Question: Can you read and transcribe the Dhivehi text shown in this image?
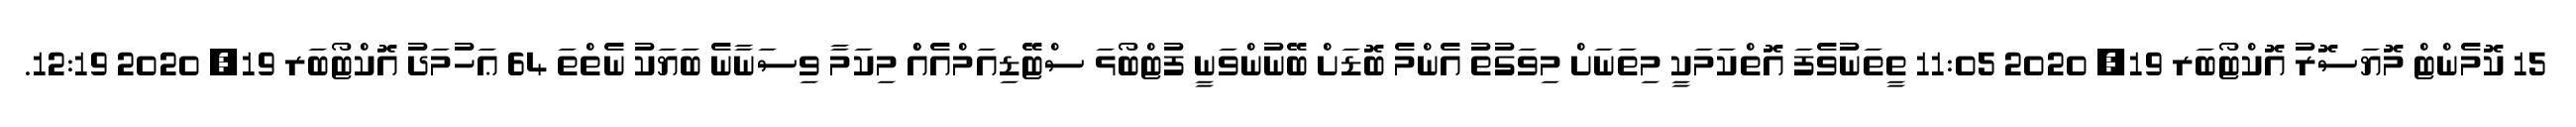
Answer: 15 ކޮމެންޓް މޮޔަސޮރު އޮކްޓޯބަރ 19, 2020 11:05 ތީތަނުވެފަ އޮތްކަމަކީ މިތަނަށް މިވަގުތު އެންމެ ބޮޑަށް ބޭނުންވަނީ ފުޓްބޯޅަ ސްޓޭޑިއަމްއެއްް މިކަމާ ވިސަނާނެ ބަޔަކު ނެތްތަ 64 ޢަހުމަދު އޮކްޓޯބަރ 19, 2020 12:19.